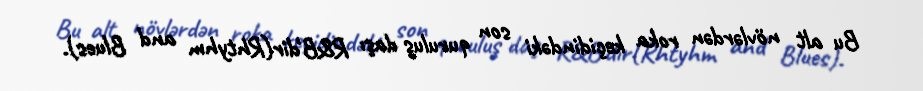
Bu alt növlərdən roka keçidindəki son quruluş daşı R&B'dir(Rhtyhm and Blues).